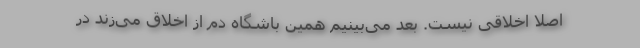
اصلا اخلاقی نیست. بعد می‌بینیم همین باشگاه دم از اخلاق می‌زند در